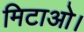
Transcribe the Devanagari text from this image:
मिटाओ।